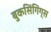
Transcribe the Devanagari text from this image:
बुकसिंगिंग्स